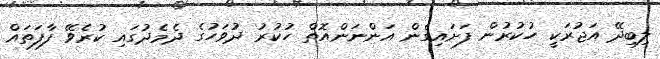
ލިބިދޭ އަޖުރަކީ ހުކުރުން ފަށައިގެން އަންނަންއޮތް ހުކުރު ދުވަހުގެ ދެމެދުގައި ކުރެވޭ ފާފަތައް